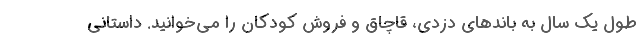
طول یک سال به باندهای دزدی، قاچاق و فروش کودکان را می‌خوانید. داستانی